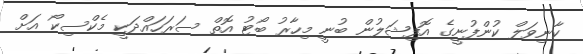
ކާނިވަލް ކުންފުނީގެ އޮފިޝަލުން ބުނީ މިހާރު ބޯޓު އޮތް ސަރަހައްދަކީ މެކްސިކޯ އަށް